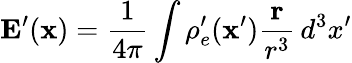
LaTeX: \mathbf{E}^{\prime}(\mathbf{x})=\frac{1}{4\pi}\int\rho_{e}^{\prime}(\mathbf{x}^{\prime})\frac{\mathbf{r}}{r^{3}}\, d^{3}x^{\prime}